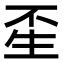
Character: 𤯚